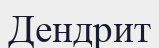
Дендрит